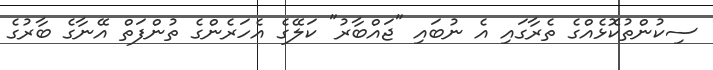
ސިކުންތުކޮޅެއްގެ ތެރާގައި އެ ނުބައި "ޖައްބާރު" ކަލޭގެ އެހަރެންގެ ތުންފަތް އޭނާގެ ބާރުގެ